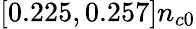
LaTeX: [0.225,0.257]n_{c0}